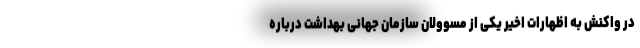
در واکنش به اظهارات اخیر یکی از مسوولان سازمان جهانی بهداشت درباره